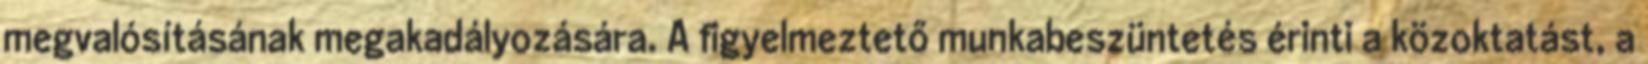
megvalósításának megakadályozására. A figyelmeztető munkabeszüntetés érinti a közoktatást, a